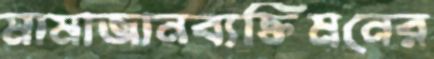
মামাজানব্যক্তিমনের